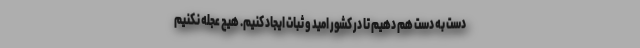
دست به دست هم دهیم تا در کشور امید و ثبات ایجاد کنیم. هیچ عجله نکنیم